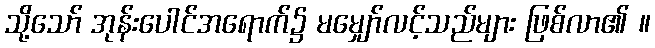
သို့သော် အုန်းပေါင်အရောက်၌ မမျှော်လင့်သည်များ ဖြစ်လာ၏ ။